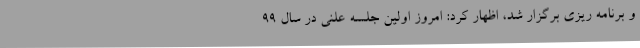
و برنامه ریزی برگزار شد، اظهار کرد: امروز اولین جلسه علنی در سال 99